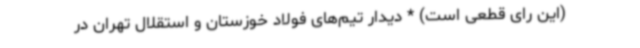
(این رای قطعی است) * دیدار تیم‌های فولاد خوزستان و استقلال تهران در